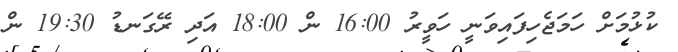
ކުޅުމަށް ހަމަޖެހިފައިވަނީ ހަވީރު 16:00 ން 18:00 އަދި ރޭގަނޑު 19:30 ން